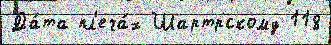
Да́та пл'еча́х Шартрскому 118